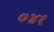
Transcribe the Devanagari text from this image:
०४१